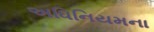
અધિનિયમના